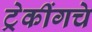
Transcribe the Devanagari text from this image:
ट्रेकींगचे